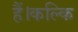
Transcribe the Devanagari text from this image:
हैं।कल्कि